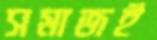
সমাজই